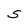
Character: S